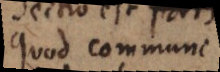
Quod commune